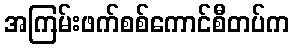
အကြမ်းဖက်စစ်ကောင်စီတပ်က